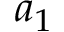
a _ { 1 }